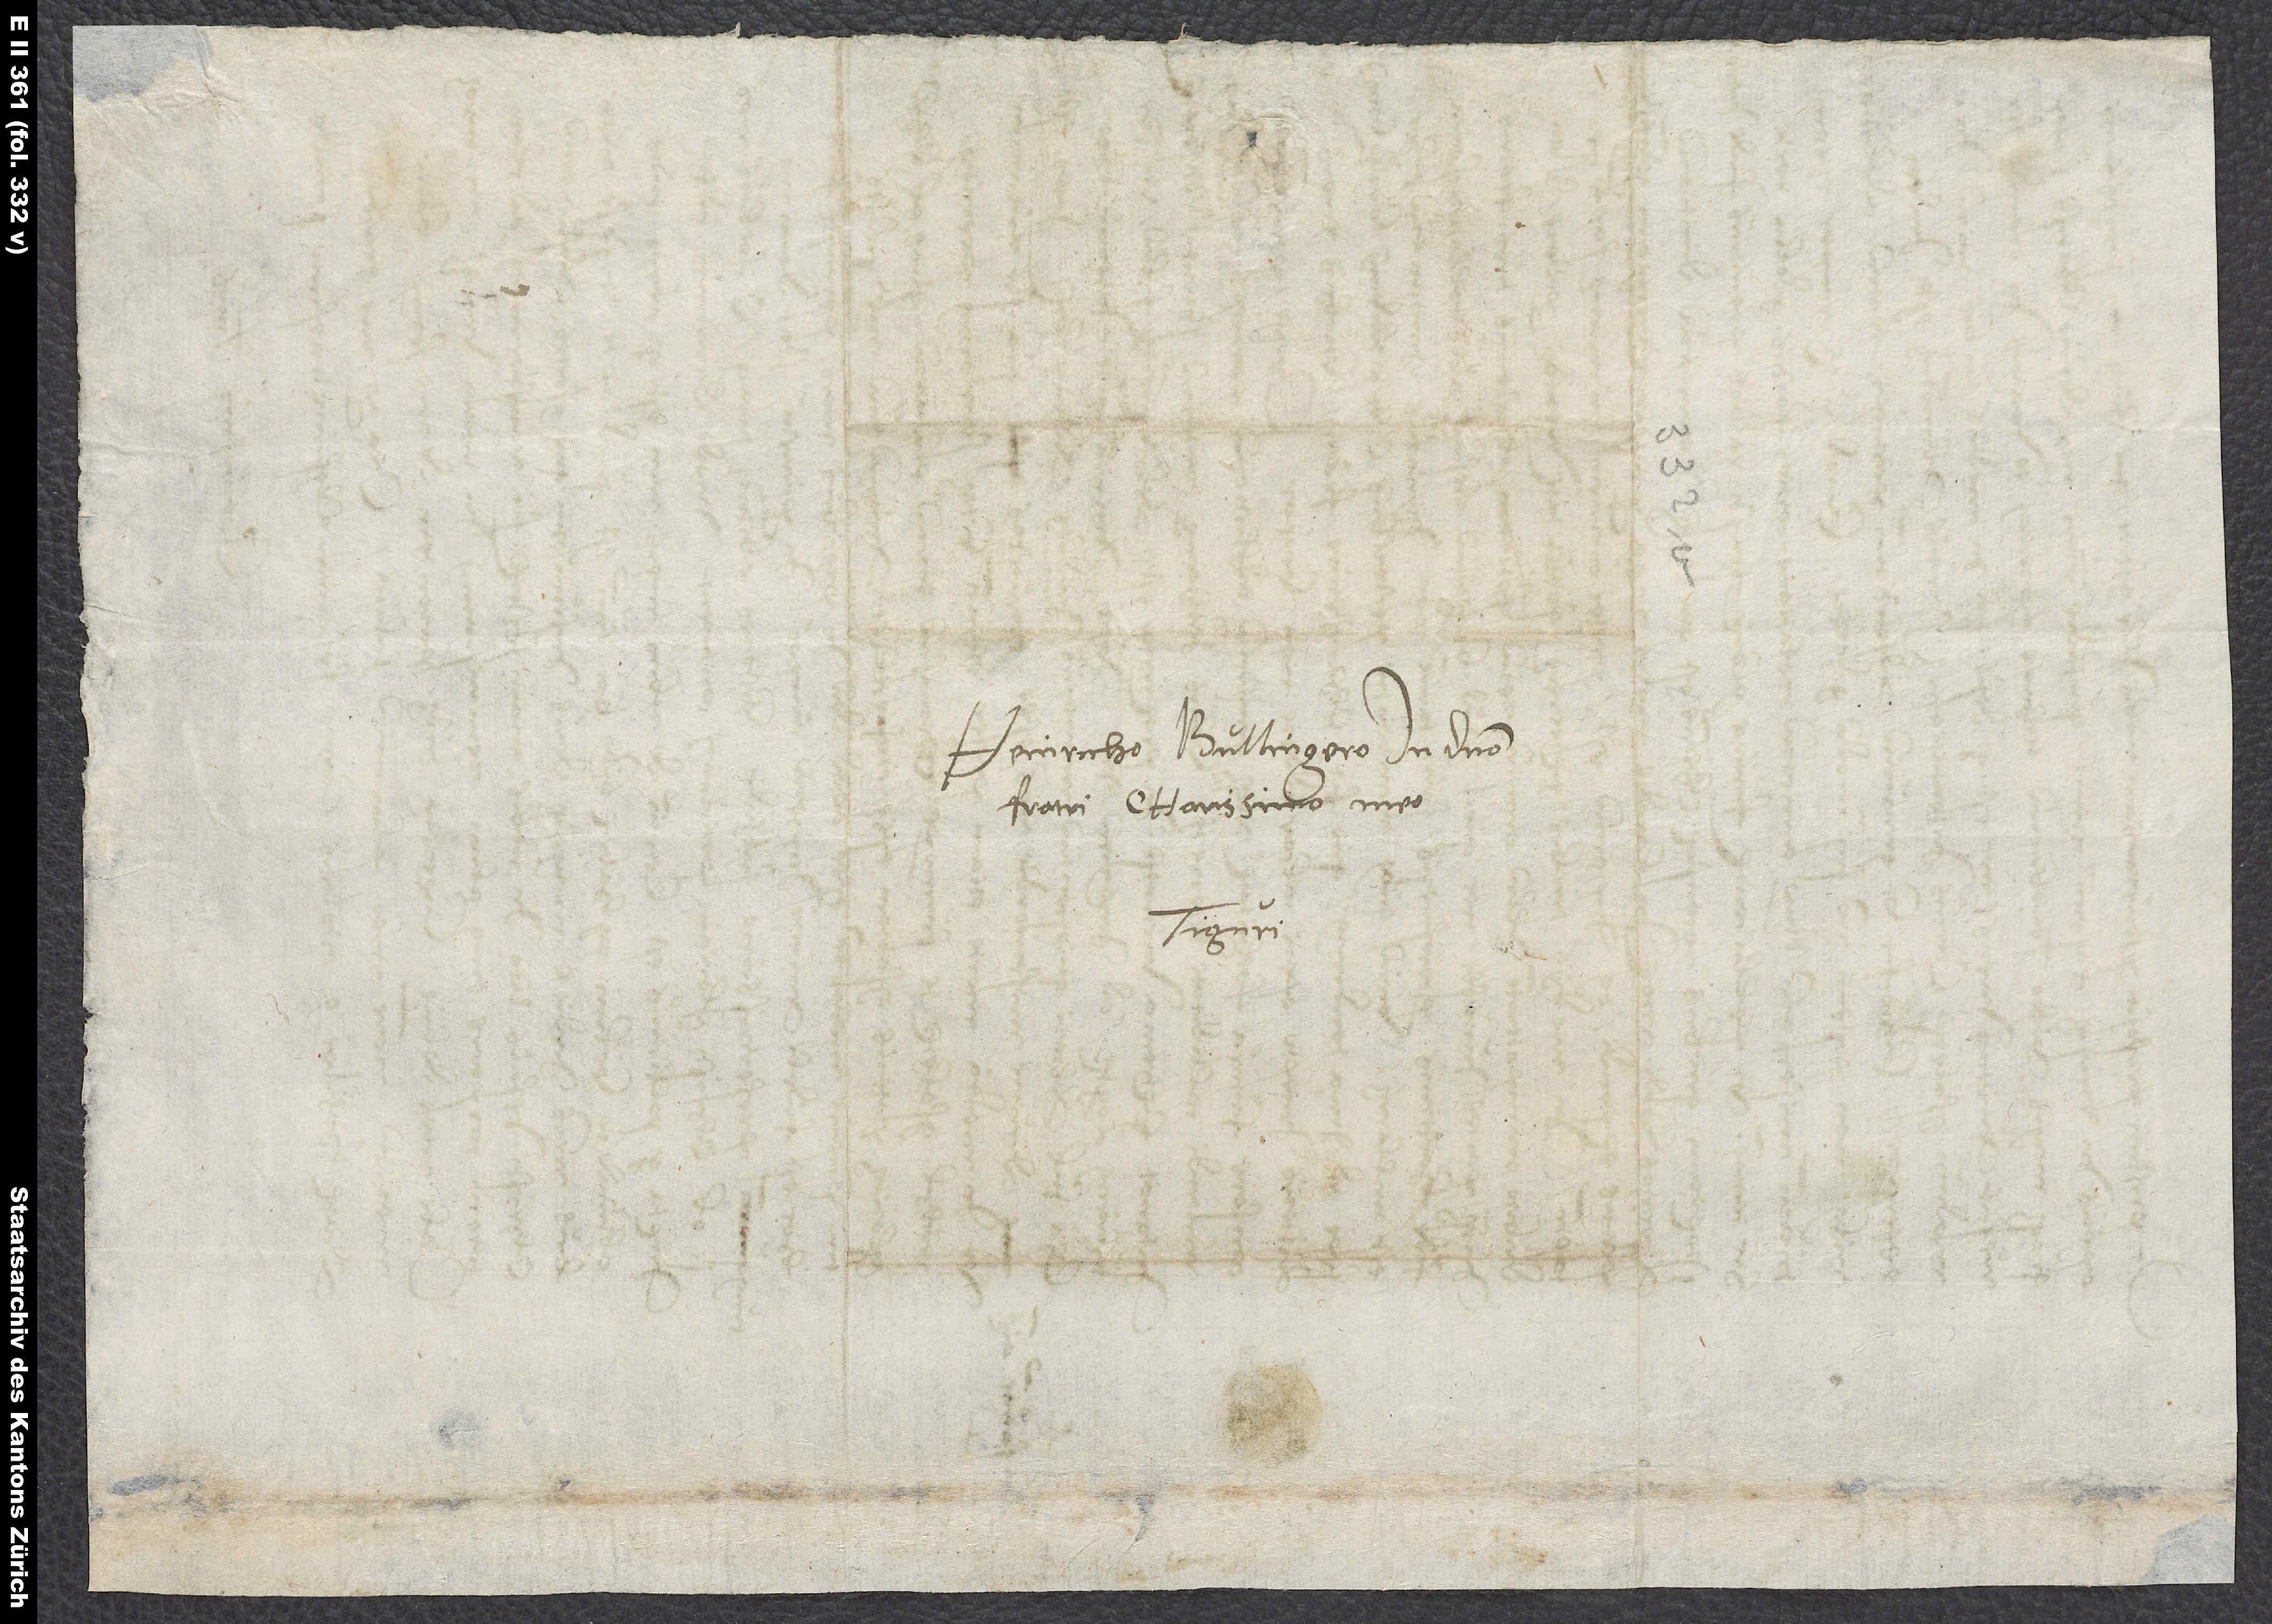
Heinricho Bullingero, in domino
fratri charissimo meo,
Tiguri.